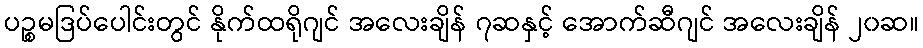
ပဉ္စမဒြပ်ပေါင်းတွင် နိုက်ထရိုဂျင် အလေးချိန် ၇ဆနှင့် အောက်ဆီဂျင် အလေးချိန် ၂၀ဆ။